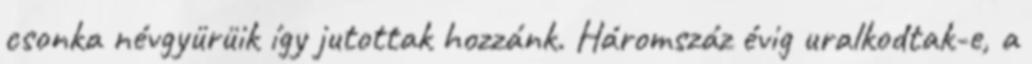
csonka névgyürüik így jutottak hozzánk. Háromszáz évig uralkodtak-e, a